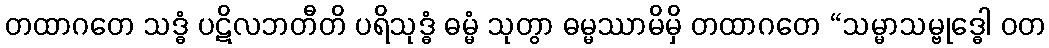
တထာဂတေ သဒ္ဓံ ပဋိလဘတီတိ ပရိသုဒ္ဓံ ဓမ္မံ သုတွာ ဓမ္မဿာမိမှိ တထာဂတေ “သမ္မာသမ္ဗုဒ္ဓေါ ဝတ